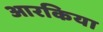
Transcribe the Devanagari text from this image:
आरकिया